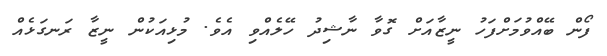
ފޯން ބޭއްވުމަށްފަހު ނީޒާއަށް ގޮވާ ނާޝިދު ހޭލެއްވި އެވެ. މުޅިއަކުން ނީޒާ ރަނގަޅެއް